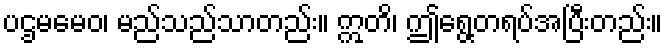
ပဌမမေဝ၊ မည်သည်သာတည်း။ ဣတိ၊ ဤရွေ့တရပ်အပြီးတည်း။